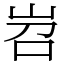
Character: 岧